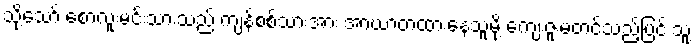
သို့သော် စောလူးမင်းသားသည် ကျန်စစ်သားအား အာဃာတထားနေသူမို့ ကျေးဇူးမတင်သည့်ပြင် သူ့